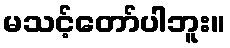
မသင့်တော်ပါဘူး။